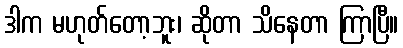
ဒါက မဟုတ်တော့ဘူး၊ ဆိုတာ သိနေတာ ကြာပြီ။